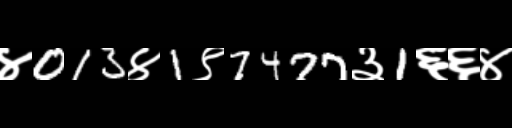
Text: ४013४1९7477३1६६४